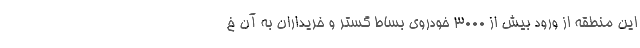
این منطقه از ورود بیش از ۳۰۰۰ خودروی بساط گستر و خریداران به آن خ